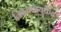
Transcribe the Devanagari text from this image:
निम्नवायुकेंद्र